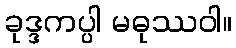
ခုဒ္ဒကပ္ပါ မဓုဿဝါ။